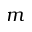
m